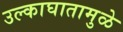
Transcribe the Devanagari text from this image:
उल्काघातामुळे